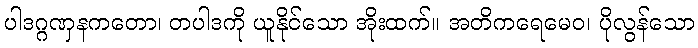
ပါဒဂ္ဂဏှနကတော၊ တပါဒကို ယူနိုင်သော အိုးထက်။ အတိကရေမေဝ၊ ပိုလွန်သော